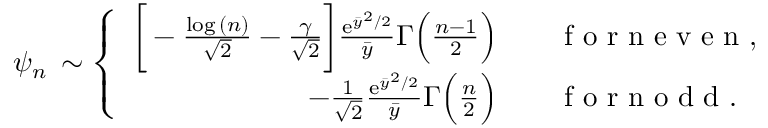
\psi _ { n } \, \sim \left\{ \begin{array} { r l } { \bigg [ - \frac { \log { ( n ) } } { \sqrt { 2 } } - \frac { \gamma } { \sqrt { 2 } } \bigg ] \frac { \mathrm { e } ^ { \bar { y } ^ { 2 } / 2 } } { \bar { y } } \Gamma \Big ( \frac { n - 1 } { 2 } \Big ) } & { { } \quad \mathrm { ~ f ~ o ~ r ~ n ~ e ~ v ~ e ~ n ~ } , } \\ { - \frac { 1 } { \sqrt { 2 } } \frac { \mathrm { e } ^ { \bar { y } ^ { 2 } / 2 } } { \bar { y } } \Gamma \Big ( \frac { n } { 2 } \Big ) } & { { } \quad \mathrm { ~ f ~ o ~ r ~ n ~ o ~ d ~ d ~ } . } \end{array} \right.